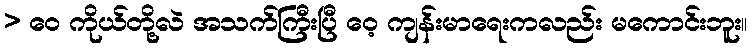
> ဝေ ကိုယ်တို့လဲ အသက်ကြီးပြီ ဝေ့ ကျန်းမာရေးကလည်း မကောင်းဘူး။